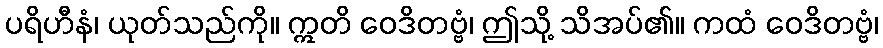
ပရိဟီနံ၊ ယုတ်သည်ကို။ ဣတိ ဝေဒိတဗ္ဗံ၊ ဤသို့ သိအပ်၏။ ကထံ ဝေဒိတဗ္ဗံ၊